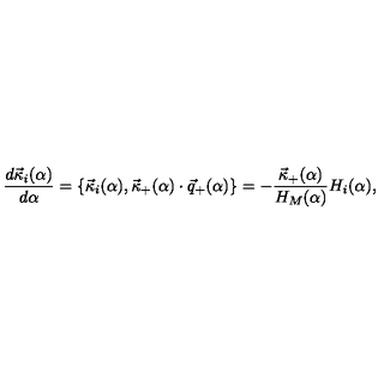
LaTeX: { \frac { d { \vec { \kappa } } _ { i } ( \alpha ) } { d \alpha } } = \{ { \vec { \kappa } } _ { i } ( \alpha ) , { \vec { \kappa } } _ { + } ( \alpha ) \cdot { \vec { q } } _ { + } ( \alpha ) \} = - { \frac { { \vec { \kappa } } _ { + } ( \alpha ) } { H _ { M } ( \alpha ) } } H _ { i } ( \alpha ) ,